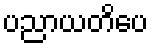
ပညာယတိပေ